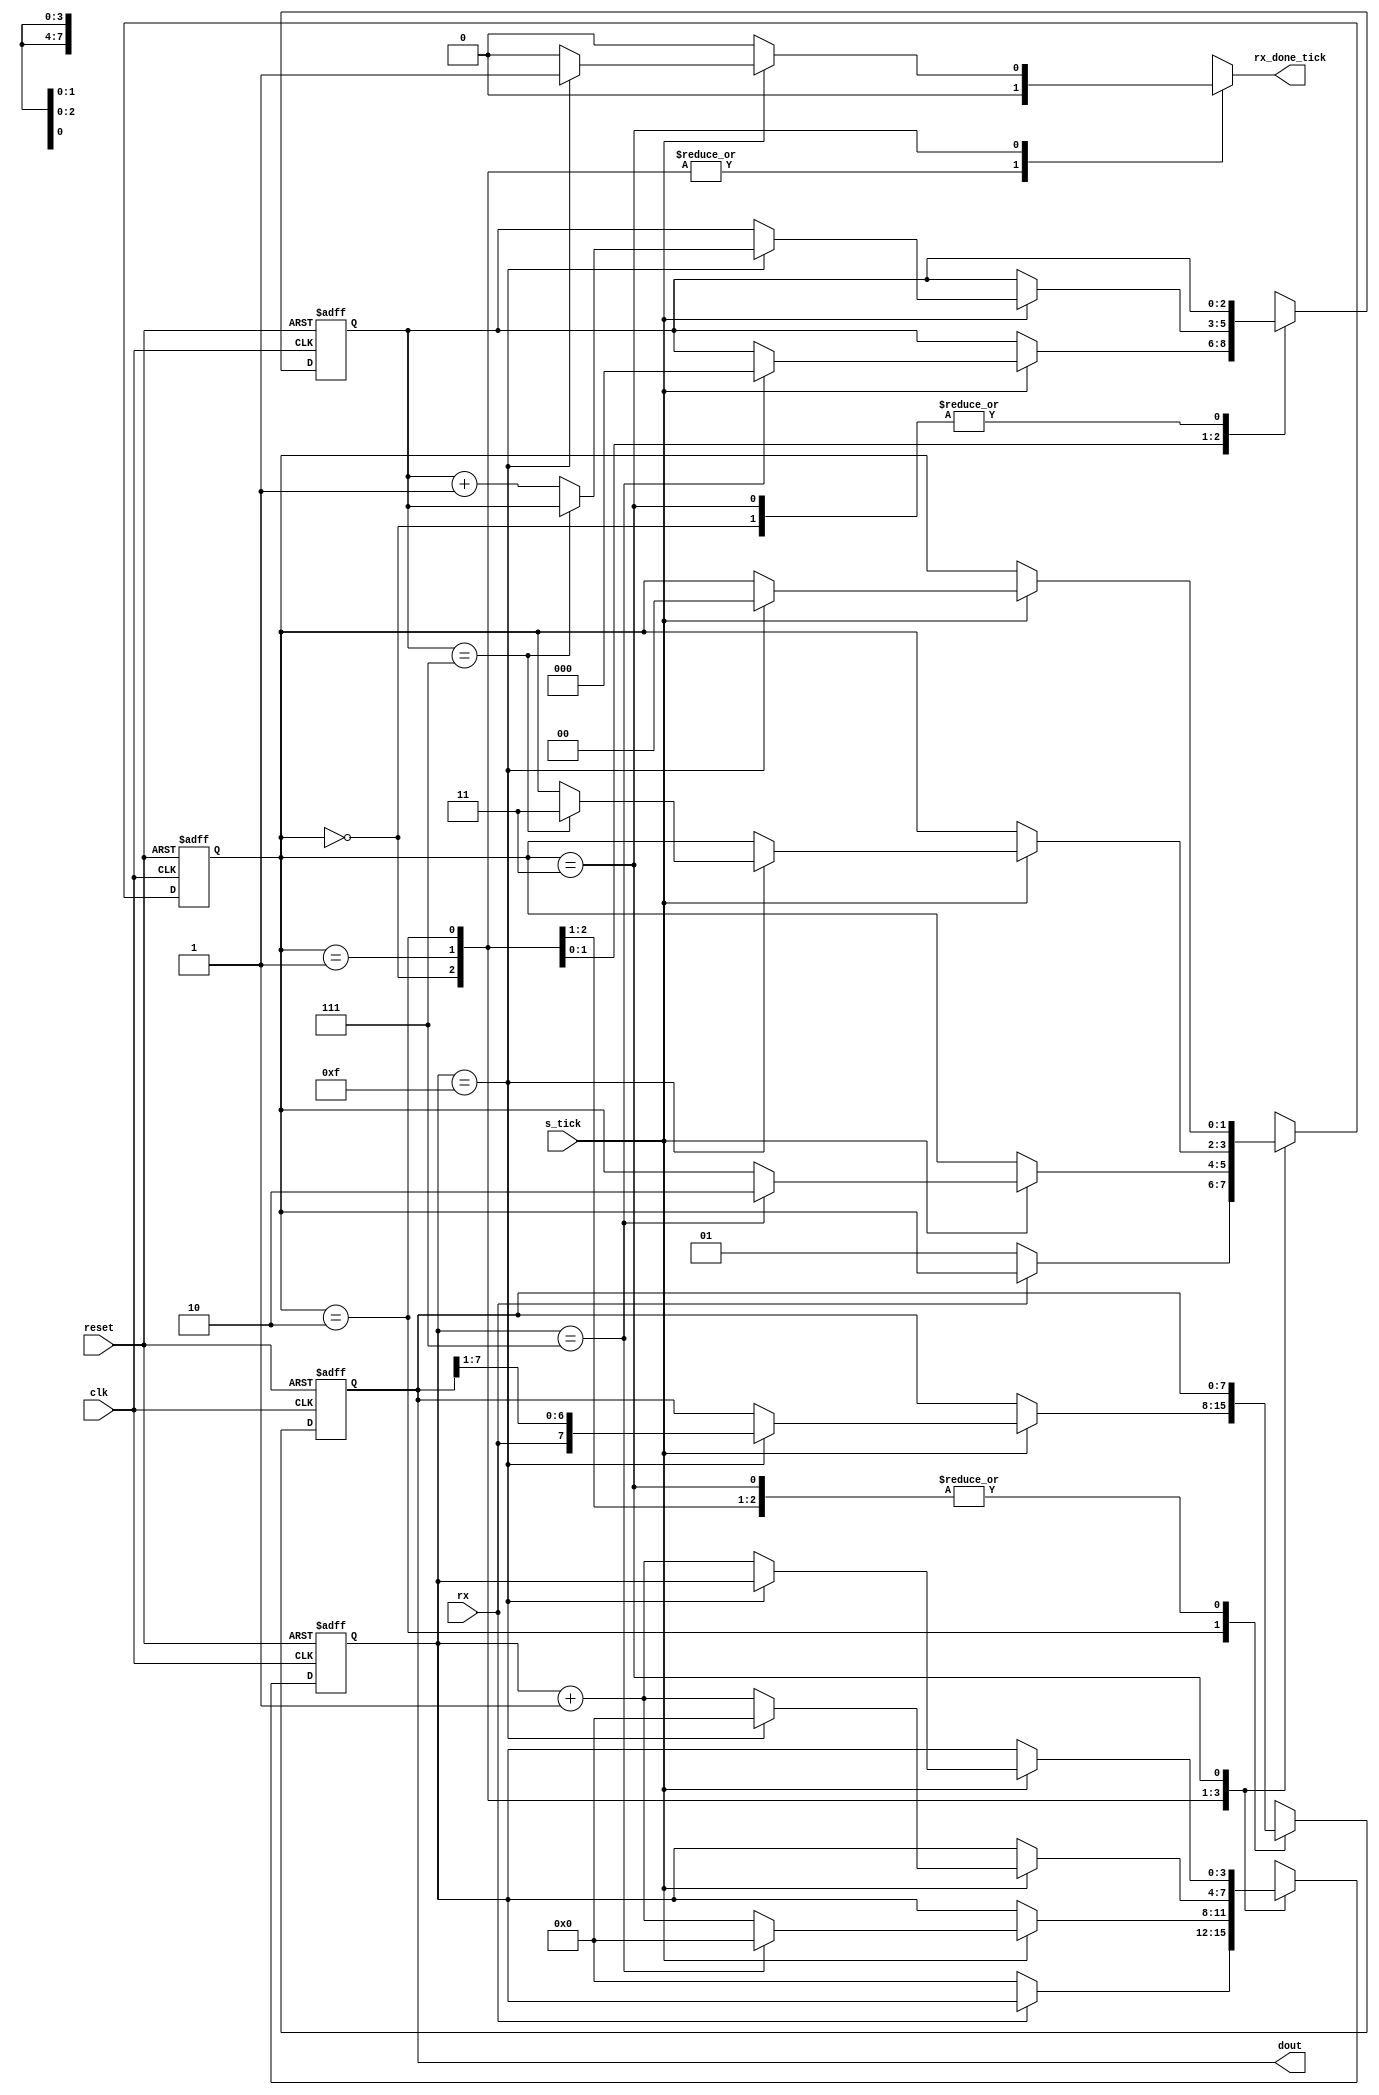
`timescale 1ns / 1ps
//////////////////////////////////////////////////////////////////////////////////
// Company: 
// Engineer: 
// 
// Design Name: 
// Module Name:    uart_rx 
// Project Name: 
// Target Devices: 
// Tool versions: 
// Description: 
//
// Dependencies: 
//
// Revision: 
// Revision 0.01 - File Created
// Additional Comments: 
//
//////////////////////////////////////////////////////////////////////////////////
module uart_rx 

#( 

parameter DBIT = 8, // # data bits 

SB_TICK = 16 // # ticks for   stop bits 
) 

( 

input wire clk, reset, 

input wire rx, s_tick, 

output reg rx_done_tick, 

output wire [7:0] dout 

); 

// symbolic state declaration 

localparam [1 : 0]

idle = 2'b00, 

start = 2'b01, 

data = 2'b10, 

stop = 2'b11; 



// signal declaration 

reg [1: 0] state_reg , state_next; 

reg [3:0] s_reg , s_next; 

reg [2:0] n_reg , n_next; 

reg [7:0] b_reg , b_next;

 // body 

// FSMD state & data registers 

always @( posedge clk , posedge reset) 

if (reset) 

begin 

state_reg <= idle; 

s_reg <= 0; 

n_reg <= 0; 

b_reg <= 0; 

end 

else 

begin 

state_reg <= state_next; 

s_reg <= s_next; 

n_reg <= n_next; 

b_reg <= b_next; 

end 

// FSMD next-state    logic 

always @* 

begin 

state_next = state_reg; 

rx_done_tick = 1'b0; 

s_next = s_reg;

n_next = n_reg; 

b_next = b_reg; 

case (state_reg) 

idle: 

if (~rx) 

begin 

state_next = start; 

s_next = 0; 

end 

start: 

if (s_tick) 

if (s_reg==7) 

begin 

state_next = data; 

s_next = 0; 

n_next = 0; 

end 

else 

s_next = s_reg + 1;

data: 

if (s_tick) 

if(s_reg==15) 

begin 

s_next = 0; 

b_next = {rx, b_reg [7 : 1]}; 

if(n_reg==(DBIT-1)) 

state_next = stop; 

else 

n_next = n_reg + 1; 

end 

else 

s_next = s_reg + 1; 

stop: 

if(s_tick) 

if(s_reg==(SB_TICK-1)) 

begin 

state_next = idle; 

rx_done_tick =1'b1; 

end 

else 

s_next = s_reg + 1; 

endcase 

end 

// output 

assign dout = b_reg; 

endmodule